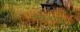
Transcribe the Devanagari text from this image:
षकशंकु